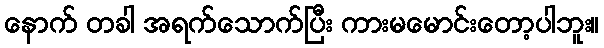
နောက် တခါ အရက်သောက်ပြီး ကားမမောင်းတော့ပါဘူး။